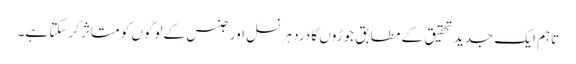
تاہم ایک جدید تحقیق کے مطابق جوڑوں کا درد ہر نسل اور جنس کے لوگوں کو متاثر کرسکتا ہے۔